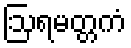
ဩရမတ္တကံ